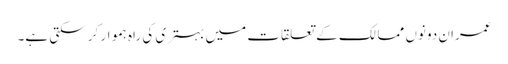
عمران دونوں ممالک کے تعلقات میں بہتری کی راہ ہموار کر سکتی ہے۔